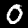
Digit: 0